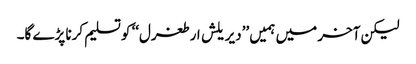
لیکن آخر میں ہمیں ’’دیریلش ارطغرل‘‘ کو تسلیم کرنا پڑے گا۔